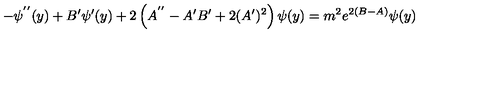
- \psi ^ { ' ^ { \prime } } ( y ) + B ^ { \prime } \psi ^ { \prime } ( y ) + 2 \left( A ^ { ' ^ { \prime } } - A ^ { \prime } B ^ { \prime } + 2 ( A ^ { \prime } ) ^ { 2 } \right) \psi ( y ) = m ^ { 2 } e ^ { 2 ( B - A ) } \psi ( y )